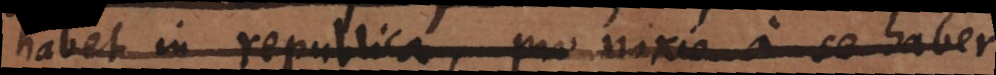
habet in republica, pro noxio a se haberi